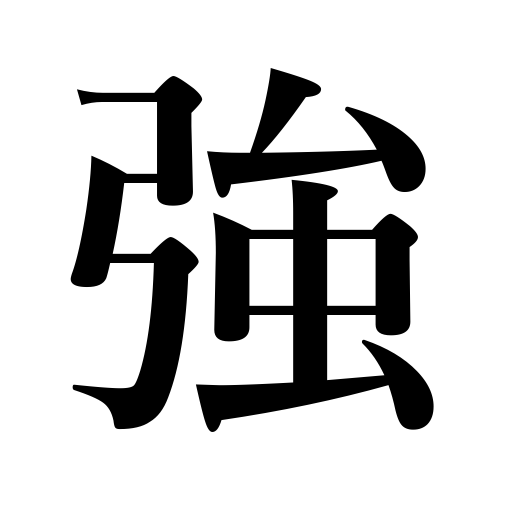
Meanings: strength,emphasize,strengthen,increase,compel,might,constrain,get strong,durable,robust,mighty,strong,solid,redouble,severe,intensify,vigorous,confirm,invigorate,force,coerce,strong person,courageous,brave,healthy,intense,powerful